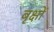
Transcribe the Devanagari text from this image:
बृक्षों